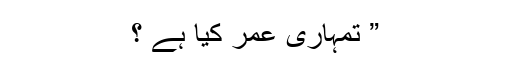
” تمہاری عمر کیا ہے ؟